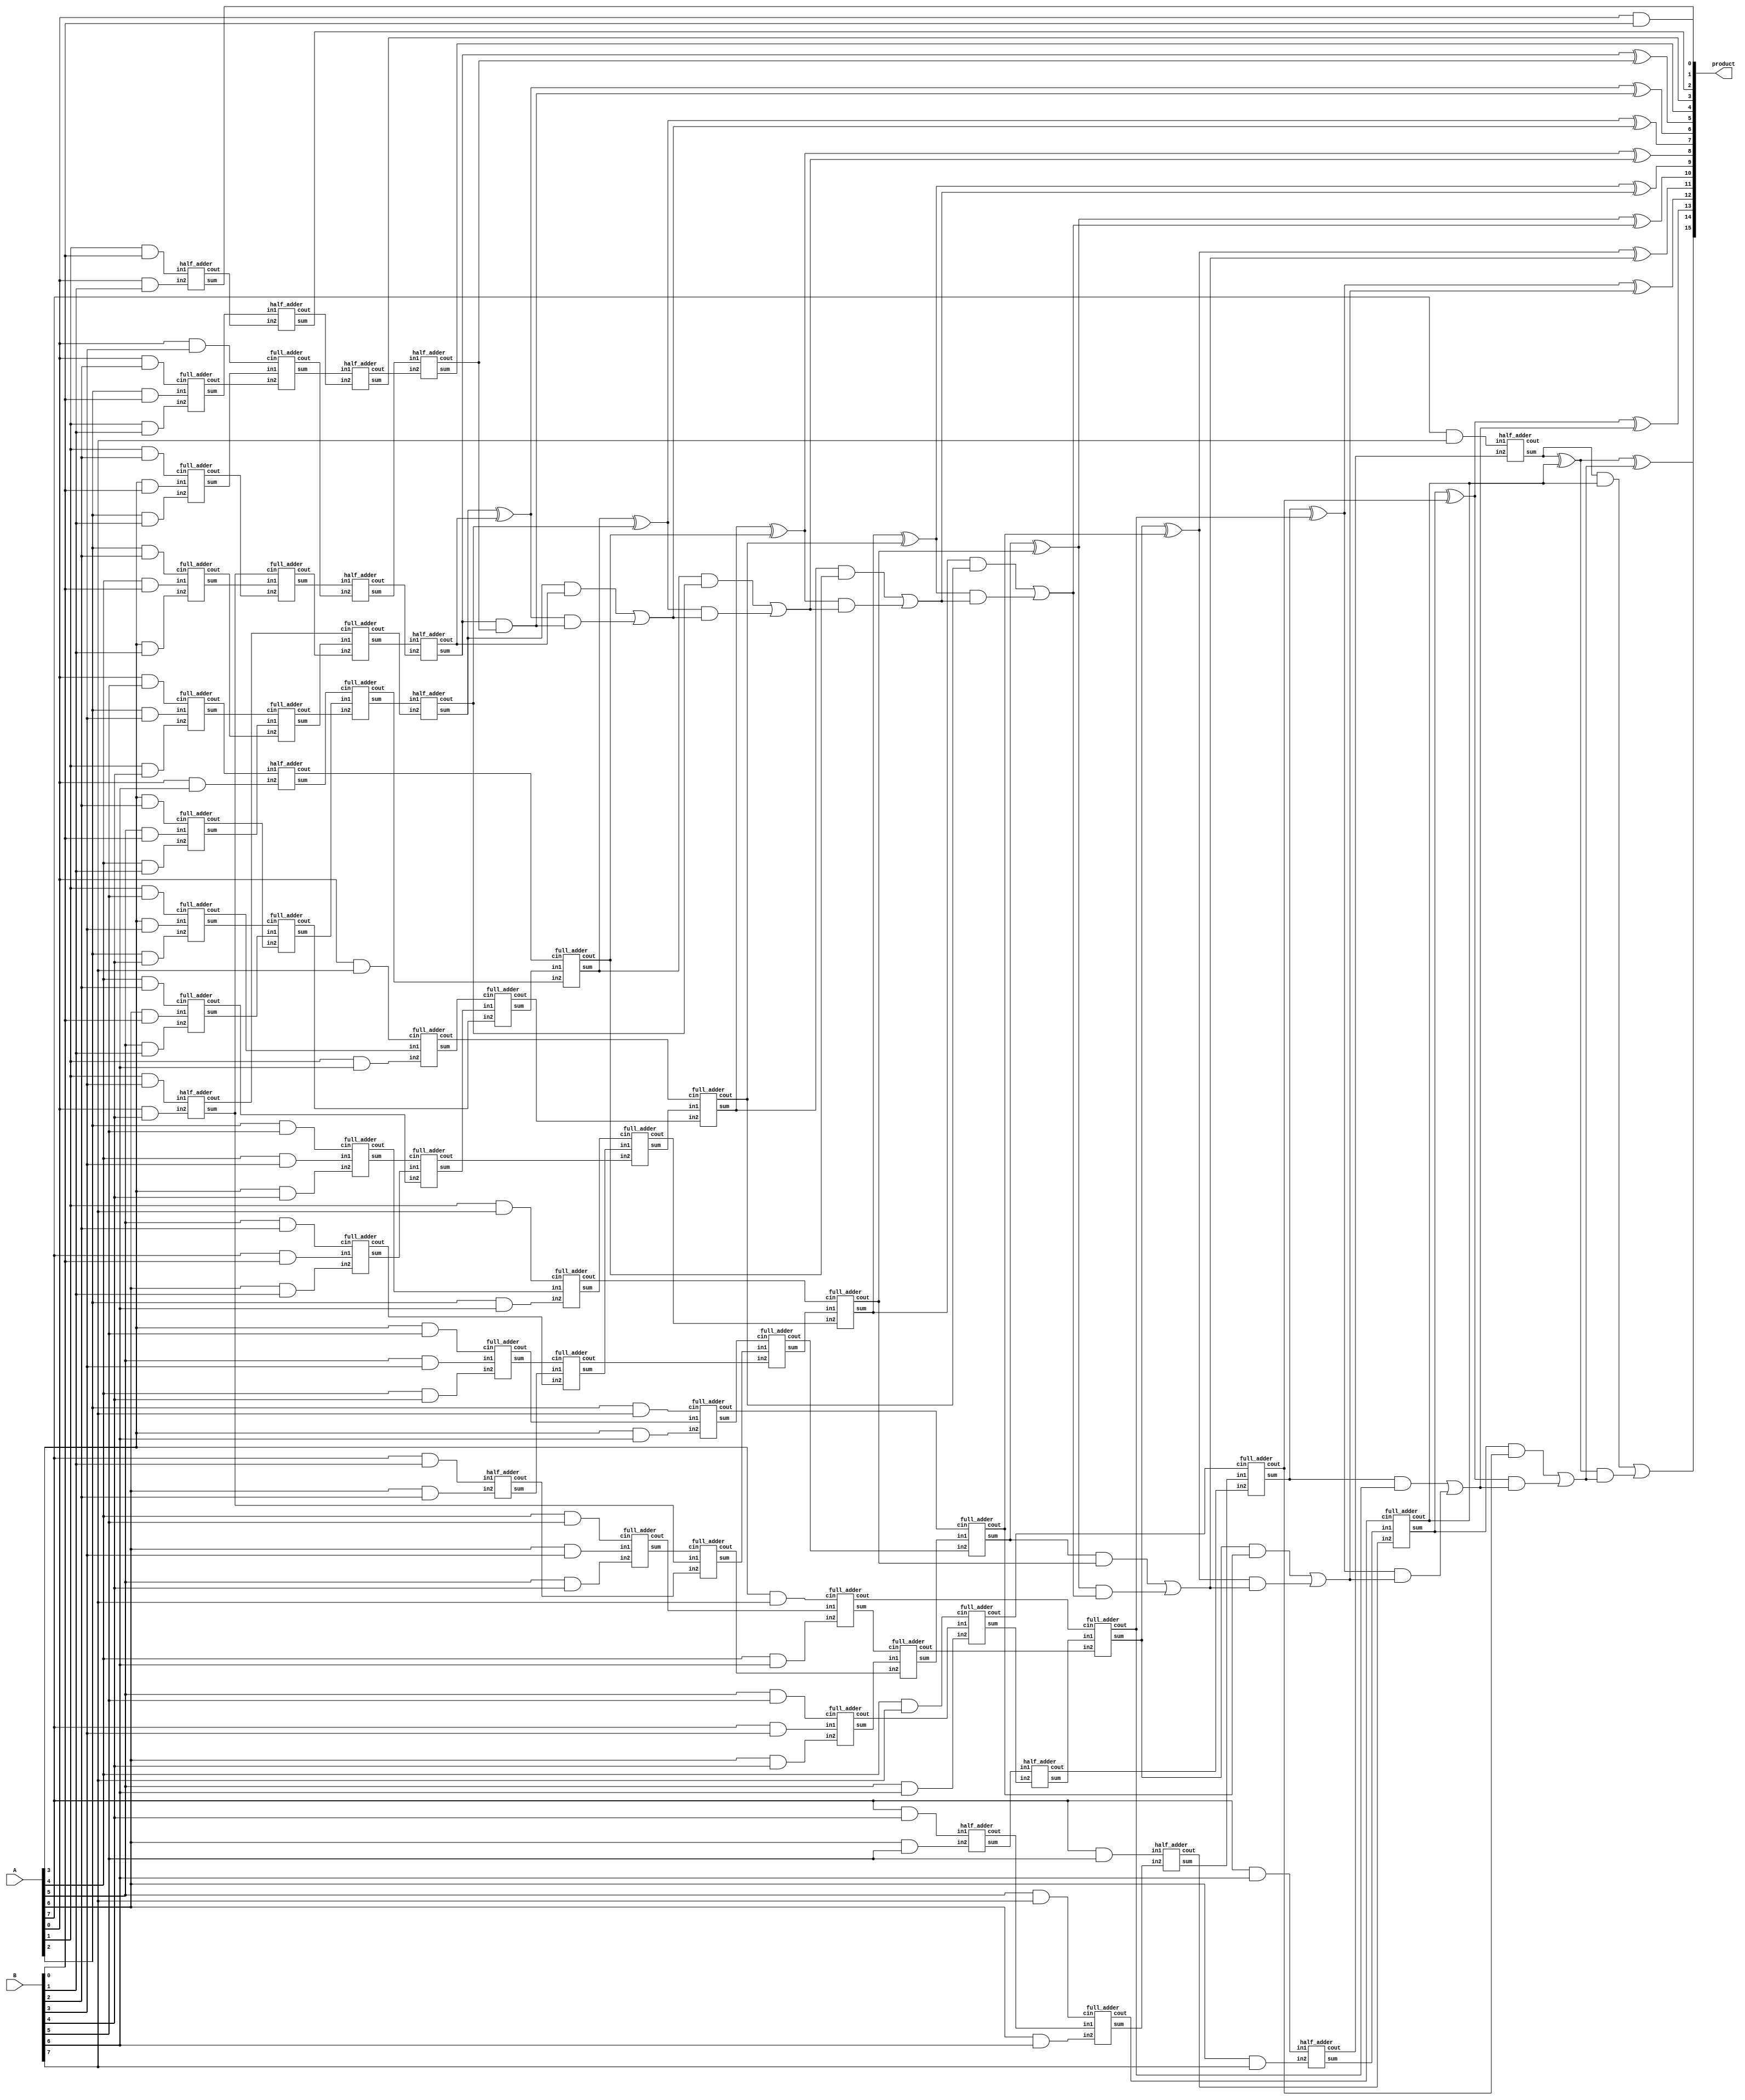
module wallace_unsigned_multiplier_CLA_8(product, A, B);
    input [7:0] A, B;
    output [15:0] product;

    wire [7:0] pp0, pp1, pp2, pp3, pp4, pp5, pp6, pp7;
    
    and AND00(pp0[0], A[0], B[0]);
    and AND01(pp0[1], A[1], B[0]);
    and AND02(pp0[2], A[2], B[0]);
    and AND03(pp0[3], A[3], B[0]);
    and AND04(pp0[4], A[4], B[0]);
    and AND05(pp0[5], A[5], B[0]);
    and AND06(pp0[6], A[6], B[0]);
    and AND07(pp0[7], A[7], B[0]);
    and AND08(pp1[0], A[0], B[1]);
    and AND09(pp1[1], A[1], B[1]);
    and AND10(pp1[2], A[2], B[1]);
    and AND11(pp1[3], A[3], B[1]);
    and AND12(pp1[4], A[4], B[1]);
    and AND13(pp1[5], A[5], B[1]);
    and AND14(pp1[6], A[6], B[1]);
    and AND15(pp1[7], A[7], B[1]);
    and AND16(pp2[0], A[0], B[2]);
    and AND17(pp2[1], A[1], B[2]);
    and AND18(pp2[2], A[2], B[2]);
    and AND19(pp2[3], A[3], B[2]);
    and AND20(pp2[4], A[4], B[2]);
    and AND21(pp2[5], A[5], B[2]);
    and AND22(pp2[6], A[6], B[2]);
    and AND23(pp2[7], A[7], B[2]);
    and AND24(pp3[0], A[0], B[3]);
    and AND25(pp3[1], A[1], B[3]);
    and AND26(pp3[2], A[2], B[3]);
    and AND27(pp3[3], A[3], B[3]);
    and AND28(pp3[4], A[4], B[3]);
    and AND29(pp3[5], A[5], B[3]);
    and AND30(pp3[6], A[6], B[3]);
    and AND31(pp3[7], A[7], B[3]);
    and AND32(pp4[0], A[0], B[4]);
    and AND33(pp4[1], A[1], B[4]);
    and AND34(pp4[2], A[2], B[4]);
    and AND35(pp4[3], A[3], B[4]);
    and AND36(pp4[4], A[4], B[4]);
    and AND37(pp4[5], A[5], B[4]);
    and AND38(pp4[6], A[6], B[4]);
    and AND39(pp4[7], A[7], B[4]);
    and AND40(pp5[0], A[0], B[5]);
    and AND41(pp5[1], A[1], B[5]);
    and AND42(pp5[2], A[2], B[5]);
    and AND43(pp5[3], A[3], B[5]);
    and AND44(pp5[4], A[4], B[5]);
    and AND45(pp5[5], A[5], B[5]);
    and AND46(pp5[6], A[6], B[5]);
    and AND47(pp5[7], A[7], B[5]);
    and AND48(pp6[0], A[0], B[6]);
    and AND49(pp6[1], A[1], B[6]);
    and AND50(pp6[2], A[2], B[6]);
    and AND51(pp6[3], A[3], B[6]);
    and AND52(pp6[4], A[4], B[6]);
    and AND53(pp6[5], A[5], B[6]);
    and AND54(pp6[6], A[6], B[6]);
    and AND55(pp6[7], A[7], B[6]);
    and AND56(pp7[0], A[0], B[7]);
    and AND57(pp7[1], A[1], B[7]);
    and AND58(pp7[2], A[2], B[7]);
    and AND59(pp7[3], A[3], B[7]);
    and AND60(pp7[4], A[4], B[7]);
    and AND61(pp7[5], A[5], B[7]);
    and AND62(pp7[6], A[6], B[7]);
    and AND63(pp7[7], A[7], B[7]);
    
    /* First Stage */
    assign product[0] = pp0[0];
    half_adder ha01(s111, c111, pp0[1], pp1[0]);
    full_adder fa01(s112, c112, pp0[2], pp1[1], pp2[0]);
    full_adder fa02(s113, c113, pp0[3], pp1[2], pp2[1]);
    full_adder fa03(s114, c114, pp0[4], pp1[3], pp2[2]);
    full_adder fa04(s115, c115, pp0[5], pp1[4], pp2[3]);
    full_adder fa05(s116, c116, pp0[6], pp1[5], pp2[4]);
    full_adder fa06(s117, c117, pp0[7], pp1[6], pp2[5]);
    half_adder ha02(s118, c118,         pp1[7], pp2[6]);

    half_adder ha03(s119, c119, pp3[1], pp4[0]);
    full_adder fa07(s120, c120, pp3[2], pp4[1], pp5[0]);
    full_adder fa08(s121, c121, pp3[3], pp4[2], pp5[1]);
    full_adder fa09(s122, c122, pp3[4], pp4[3], pp5[2]);
    full_adder fa10(s123, c123, pp3[5], pp4[4], pp5[3]);
    full_adder fa11(s124, c124, pp3[6], pp4[5], pp5[4]);
    full_adder fa12(s125, c125, pp3[7], pp4[6], pp5[5]);
    half_adder ha04(s126, c126,         pp4[7], pp5[6]);


    /* Second Stage */
    assign product[1] = s111;
    half_adder ha05(s221, c221, s112, c111);
    full_adder fa13(s222, c222, s113, c112, pp3[0]);
    full_adder fa14(s223, c223, s114, c113, s119);
    full_adder fa15(s224, c224, s115, c114, s120);
    full_adder fa16(s225, c225, s116, c115, s121);
    full_adder fa17(s226, c226, s117, c116, s122);
    full_adder fa18(s227, c227, s118, c117, s123);
    full_adder fa19(s228, c228, s119, c118, s124);

    half_adder ha06(s229, c229, c120, pp6[0]);
    full_adder fa20(s230, c230, c121, pp6[1], pp7[0]);
    full_adder fa21(s231, c231, c122, pp6[2], pp7[1]);
    full_adder fa22(s232, c232, c123, pp6[3], pp7[2]);
    full_adder fa23(s233, c233, c124, pp6[4], pp7[3]);
    full_adder fa24(s234, c234, c125, pp6[5], pp7[4]);
    full_adder fa25(s235, c235, c126, pp6[6], pp7[5]);
    half_adder ha07(s236, c236,      pp6[7], pp7[6]);

    /* Third Stage */
    assign product[2] = s221;
    half_adder ha08(s301, c301, s222, c221);
    half_adder ha09(s302, c302, s223, c222);
    full_adder fa26(s303, c303, s224, c223, c119);
    full_adder fa27(s304, c304, s225, c224, s229);
    full_adder fa28(s305, c305, s226, c225, s230);
    full_adder fa29(s306, c306, s227, c226, s231);
    full_adder fa30(s307, c307, s228, c227, s232);
    full_adder fa31(s308, c308, s125, c228, s233);
    half_adder ha10(s309, c309, s126,       s234);
    half_adder ha11(s310, c310, pp5[7],     s235);

    /* Fourth Stage */
    assign product[3] = s301;
    half_adder ha12(product[4], c401, s302, c301);
    half_adder ha13(s402,       c402, s303, c302);
    half_adder ha14(s403,       c403, s304, c303);
    full_adder fa32(s404,       c404, s305, c304, c229);
    full_adder fa33(s405,       c405, s306, c305, c230);
    full_adder fa34(s406,       c406, s307, c306, c231);
    full_adder fa35(s407,       c407, s308, c307, c232);
    full_adder fa36(s408,       c408, s309, c308, c233);
    full_adder fa37(s409,       c409, s310, c309, c234);
    full_adder fa38(s410,       c410, s236, c310, c235);
    half_adder ha15(s411,       c411, pp7[7],     c236);

    /* Final Stage is a Carry Look-Ahead Adder */
    wire [9:0] G; /* Generate */
    wire [9:0] P; /* Propagate */
    wire [9:0] C; /* Carry */

    assign G[0] = s402 & c401;
    assign G[1] = s403 & c402;
    assign G[2] = s404 & c403;
    assign G[3] = s405 & c404;
    assign G[4] = s406 & c405;
    assign G[5] = s407 & c406;
    assign G[6] = s408 & c407;
    assign G[7] = s409 & c408;
    assign G[8] = s410 & c409;
    assign G[9] = s411 & c410;
    assign P[0] = s402 ^ c401;
    assign P[1] = s403 ^ c402;
    assign P[2] = s404 ^ c403;
    assign P[3] = s405 ^ c404;
    assign P[4] = s406 ^ c405;
    assign P[5] = s407 ^ c406;
    assign P[6] = s408 ^ c407;
    assign P[7] = s409 ^ c408;
    assign P[8] = s410 ^ c409;
    assign P[9] = s411 ^ c410;

    //assign C[0] = 0;
    assign C[1]        = G[0];// | (P[0] & C[0]);
    assign C[2]        = G[1] | (P[1] & C[1]);
    assign C[3]        = G[2] | (P[2] & C[2]);
    assign C[4]        = G[3] | (P[3] & C[3]);
    assign C[5]        = G[4] | (P[4] & C[4]);
    assign C[6]        = G[5] | (P[5] & C[5]);
    assign C[7]        = G[6] | (P[6] & C[6]);
    assign C[8]        = G[7] | (P[7] & C[7]);
    assign C[9]        = G[8] | (P[8] & C[8]);
    assign product[15] = G[9] | (P[9] & C[9]);

    assign product[5]  = P[0];
    assign product[6]  = P[1] ^ C[1];
    assign product[7]  = P[2] ^ C[2];
    assign product[8]  = P[3] ^ C[3];
    assign product[9]  = P[4] ^ C[4];
    assign product[10] = P[5] ^ C[5];
    assign product[11] = P[6] ^ C[6];
    assign product[12] = P[7] ^ C[7];
    assign product[13] = P[8] ^ C[8];
    assign product[14] = P[9] ^ C[9];
endmodule


module wallace_unsigned_multiplier_CLA_8_attempt1(product, A, B);
    /* This attempt tries to use long CLA for adding partial products */
    /* Some CLAs are 9 bits long */
    /* Area: 1074.696969
     * Power : 0.49mW
     * Timing: 1.29
     */

    input [7:0] A, B;
    output [15:0] product;

    wire [7:0] pp0, pp1, pp2, pp3, pp4, pp5, pp6, pp7;

    and AND00(pp0[0], A[0], B[0]);
    and AND01(pp0[1], A[1], B[0]);
    and AND02(pp0[2], A[2], B[0]);
    and AND03(pp0[3], A[3], B[0]);
    and AND04(pp0[4], A[4], B[0]);
    and AND05(pp0[5], A[5], B[0]);
    and AND06(pp0[6], A[6], B[0]);
    and AND07(pp0[7], A[7], B[0]);
    and AND08(pp1[0], A[0], B[1]);
    and AND09(pp1[1], A[1], B[1]);
    and AND10(pp1[2], A[2], B[1]);
    and AND11(pp1[3], A[3], B[1]);
    and AND12(pp1[4], A[4], B[1]);
    and AND13(pp1[5], A[5], B[1]);
    and AND14(pp1[6], A[6], B[1]);
    and AND15(pp1[7], A[7], B[1]);
    and AND16(pp2[0], A[0], B[2]);
    and AND17(pp2[1], A[1], B[2]);
    and AND18(pp2[2], A[2], B[2]);
    and AND19(pp2[3], A[3], B[2]);
    and AND20(pp2[4], A[4], B[2]);
    and AND21(pp2[5], A[5], B[2]);
    and AND22(pp2[6], A[6], B[2]);
    and AND23(pp2[7], A[7], B[2]);
    and AND24(pp3[0], A[0], B[3]);
    and AND25(pp3[1], A[1], B[3]);
    and AND26(pp3[2], A[2], B[3]);
    and AND27(pp3[3], A[3], B[3]);
    and AND28(pp3[4], A[4], B[3]);
    and AND29(pp3[5], A[5], B[3]);
    and AND30(pp3[6], A[6], B[3]);
    and AND31(pp3[7], A[7], B[3]);
    and AND32(pp4[0], A[0], B[4]);
    and AND33(pp4[1], A[1], B[4]);
    and AND34(pp4[2], A[2], B[4]);
    and AND35(pp4[3], A[3], B[4]);
    and AND36(pp4[4], A[4], B[4]);
    and AND37(pp4[5], A[5], B[4]);
    and AND38(pp4[6], A[6], B[4]);
    and AND39(pp4[7], A[7], B[4]);
    and AND40(pp5[0], A[0], B[5]);
    and AND41(pp5[1], A[1], B[5]);
    and AND42(pp5[2], A[2], B[5]);
    and AND43(pp5[3], A[3], B[5]);
    and AND44(pp5[4], A[4], B[5]);
    and AND45(pp5[5], A[5], B[5]);
    and AND46(pp5[6], A[6], B[5]);
    and AND47(pp5[7], A[7], B[5]);
    and AND48(pp6[0], A[0], B[6]);
    and AND49(pp6[1], A[1], B[6]);
    and AND50(pp6[2], A[2], B[6]);
    and AND51(pp6[3], A[3], B[6]);
    and AND52(pp6[4], A[4], B[6]);
    and AND53(pp6[5], A[5], B[6]);
    and AND54(pp6[6], A[6], B[6]);
    and AND55(pp6[7], A[7], B[6]);
    and AND56(pp7[0], A[0], B[7]);
    and AND57(pp7[1], A[1], B[7]);
    and AND58(pp7[2], A[2], B[7]);
    and AND59(pp7[3], A[3], B[7]);
    and AND60(pp7[4], A[4], B[7]);
    and AND61(pp7[5], A[5], B[7]);
    and AND62(pp7[6], A[6], B[7]);
    and AND63(pp7[7], A[7], B[7]);

    assign product[0] = pp0[0];

    /* 1st CLA */
    wire [7:0] G1, P1, C1;
    assign G1[0] = pp0[1] & pp1[0];
    assign G1[1] = pp0[2] & pp1[1];
    assign G1[2] = pp0[3] & pp1[2];
    assign G1[3] = pp0[4] & pp1[3];
    assign G1[4] = pp0[5] & pp1[4];
    assign G1[5] = pp0[6] & pp1[5];
    assign G1[6] = pp0[7] & pp1[6];
    assign G1[7] = 0      & pp1[7];
    assign P1[0] = pp0[1] ^ pp1[0];
    assign P1[1] = pp0[2] ^ pp1[1];
    assign P1[2] = pp0[3] ^ pp1[2];
    assign P1[3] = pp0[4] ^ pp1[3];
    assign P1[4] = pp0[5] ^ pp1[4];
    assign P1[5] = pp0[6] ^ pp1[5];
    assign P1[6] = pp0[7] ^ pp1[6];
    assign P1[7] = 0      ^ pp1[7];
    assign C1[0] = 0;
    assign C1[1] = G1[0] | (P1[0] & C1[0]);
    assign C1[2] = G1[1] | (P1[1] & C1[1]);
    assign C1[3] = G1[2] | (P1[2] & C1[2]);
    assign C1[4] = G1[3] | (P1[3] & C1[3]);
    assign C1[5] = G1[4] | (P1[4] & C1[4]);
    assign C1[6] = G1[5] | (P1[5] & C1[5]);
    assign C1[7] = G1[6] | (P1[6] & C1[6]);
    assign c1    = G1[7] | (P1[7] & C1[7]);
    assign s11  = P1[0];
    assign s12  = P1[1] ^ C1[1];
    assign s13  = P1[2] ^ C1[2];
    assign s14  = P1[3] ^ C1[3];
    assign s15  = P1[4] ^ C1[4];
    assign s16  = P1[5] ^ C1[5];
    assign s17  = P1[6] ^ C1[6];
    assign s18  = P1[7] ^ C1[7];

    assign product[1] = s11;


    /* 2nd CLA */
    wire [6:0] G2, P2, C2;
    assign G2[0] = pp2[1] & pp3[0];
    assign G2[1] = pp2[2] & pp3[1];
    assign G2[2] = pp2[3] & pp3[2];
    assign G2[3] = pp2[4] & pp3[3];
    assign G2[4] = pp2[5] & pp3[4];
    assign G2[5] = pp2[6] & pp3[5];
    assign G2[6] = pp2[7] & pp3[6];
    assign P2[0] = pp2[1] ^ pp3[0];
    assign P2[1] = pp2[2] ^ pp3[1];
    assign P2[2] = pp2[3] ^ pp3[2];
    assign P2[3] = pp2[4] ^ pp3[3];
    assign P2[4] = pp2[5] ^ pp3[4];
    assign P2[5] = pp2[6] ^ pp3[5];
    assign P2[6] = pp2[7] ^ pp3[6];
    assign C2[0] = 0;
    assign C2[1] = G2[0] | (P2[0] & C2[0]);
    assign C2[2] = G2[1] | (P2[1] & C2[1]);
    assign C2[3] = G2[2] | (P2[2] & C2[2]);
    assign C2[4] = G2[3] | (P2[3] & C2[3]);
    assign C2[5] = G2[4] | (P2[4] & C2[4]);
    assign C2[6] = G2[5] | (P2[5] & C2[5]);
    assign c2    = G2[6] | (P2[6] & C2[6]);
    assign s21   = P2[0];
    assign s22   = P2[1] ^ C2[1];
    assign s23   = P2[2] ^ C2[2];
    assign s24   = P2[3] ^ C2[3];
    assign s25   = P2[4] ^ C2[4];
    assign s26   = P2[5] ^ C2[5];
    assign s27   = P2[6] ^ C2[6];

    /* 3rd CLA */
    wire [7:0] G3, P3, C3;
    assign G3[0] = pp4[1] & pp5[0];
    assign G3[1] = pp4[2] & pp5[1];
    assign G3[2] = pp4[3] & pp5[2];
    assign G3[3] = pp4[4] & pp5[3];
    assign G3[4] = pp4[5] & pp5[4];
    assign G3[5] = pp4[6] & pp5[5];
    assign G3[6] = pp4[7] & pp5[6];
    assign G3[7] = 0      & pp5[7];
    assign P3[0] = pp4[1] ^ pp5[0];
    assign P3[1] = pp4[2] ^ pp5[1];
    assign P3[2] = pp4[3] ^ pp5[2];
    assign P3[3] = pp4[4] ^ pp5[3];
    assign P3[4] = pp4[5] ^ pp5[4];
    assign P3[5] = pp4[6] ^ pp5[5];
    assign P3[6] = pp4[7] ^ pp5[6];
    assign P3[7] = 0      ^ pp5[7];
    assign C3[0] = 0;
    assign C3[1] = G3[0] | (P3[0] & C3[0]);
    assign C3[2] = G3[1] | (P3[1] & C3[1]);
    assign C3[3] = G3[2] | (P3[2] & C3[2]);
    assign C3[4] = G3[3] | (P3[3] & C3[3]);
    assign C3[5] = G3[4] | (P3[4] & C3[4]);
    assign C3[6] = G3[5] | (P3[5] & C3[5]);
    assign C3[7] = G3[6] | (P3[6] & C3[6]);
    assign c3    = G3[7] | (P3[7] & C3[7]);
    assign s31   = P3[0];
    assign s32   = P3[1] ^ C3[1];
    assign s33   = P3[2] ^ C3[2];
    assign s34   = P3[3] ^ C3[3];
    assign s35   = P3[4] ^ C3[4];
    assign s36   = P3[5] ^ C3[5];
    assign s37   = P3[6] ^ C3[6];
    assign s38   = P3[7] ^ C3[7];

    /* 4nd CLA */
    wire [6:0] G4, P4, C4;
    assign G4[0] = pp6[1] & pp7[0];
    assign G4[1] = pp6[2] & pp7[1];
    assign G4[2] = pp6[3] & pp7[2];
    assign G4[3] = pp6[4] & pp7[3];
    assign G4[4] = pp6[5] & pp7[4];
    assign G4[5] = pp6[6] & pp7[5];
    assign G4[6] = pp6[7] & pp7[6];
    assign P4[0] = pp6[1] ^ pp7[0];
    assign P4[1] = pp6[2] ^ pp7[1];
    assign P4[2] = pp6[3] ^ pp7[2];
    assign P4[3] = pp6[4] ^ pp7[3];
    assign P4[4] = pp6[5] ^ pp7[4];
    assign P4[5] = pp6[6] ^ pp7[5];
    assign P4[6] = pp6[7] ^ pp7[6];
    assign C4[0] = 0;
    assign C4[1] = G4[0] | (P4[0] & C4[0]);
    assign C4[2] = G4[1] | (P4[1] & C4[1]);
    assign C4[3] = G4[2] | (P4[2] & C4[2]);
    assign C4[4] = G4[3] | (P4[3] & C4[3]);
    assign C4[5] = G4[4] | (P4[4] & C4[4]);
    assign C4[6] = G4[5] | (P4[5] & C4[5]);
    assign c4    = G4[6] | (P4[6] & C4[6]);
    assign s41   = P4[0];
    assign s42   = P4[1] ^ C4[1];
    assign s43   = P4[2] ^ C4[2];
    assign s44   = P4[3] ^ C4[3];
    assign s45   = P4[4] ^ C4[4];
    assign s46   = P4[5] ^ C4[5];
    assign s47   = P4[6] ^ C4[6];

    /* 5th CLA */
    wire [8:0] G5, P5, C5;
    assign G5[0] = s12 & pp2[0];
    assign G5[1] = s13 & s21;
    assign G5[2] = s14 & s22;
    assign G5[3] = s15 & s23;
    assign G5[4] = s16 & s24;
    assign G5[5] = s17 & s25;
    assign G5[6] = s18 & s26;
    assign G5[7] = c1  & s27;
    assign G5[8] = c2  & pp3[7];
    assign P5[0] = s12 ^ pp2[0];
    assign P5[1] = s13 ^ s21;
    assign P5[2] = s14 ^ s22;
    assign P5[3] = s15 ^ s23;
    assign P5[4] = s16 ^ s24;
    assign P5[5] = s17 ^ s25;
    assign P5[6] = s18 ^ s26;
    assign P5[7] = c1  ^ s27;
    assign P5[8] = c2  ^ pp3[7];
    assign C5[0] = 0;
    assign C5[1] = G5[0] | (P5[0] & C5[0]);
    assign C5[2] = G5[1] | (P5[1] & C5[1]);
    assign C5[3] = G5[2] | (P5[2] & C5[2]);
    assign C5[4] = G5[3] | (P5[3] & C5[3]);
    assign C5[5] = G5[4] | (P5[4] & C5[4]);
    assign C5[6] = G5[5] | (P5[5] & C5[5]);
    assign C5[7] = G5[6] | (P5[6] & C5[6]);
    assign C5[8] = G5[7] | (P5[7] & C5[7]);
    assign c5    = G5[8] | (P5[8] & C5[8]);
    assign s51   = P5[0];
    assign s52   = P5[1] ^ C5[1];
    assign s53   = P5[2] ^ C5[2];
    assign s54   = P5[3] ^ C5[3];
    assign s55   = P5[4] ^ C5[4];
    assign s56   = P5[5] ^ C5[5];
    assign s57   = P5[6] ^ C5[6];
    assign s58   = P5[7] ^ C5[7];
    assign s59   = P5[8] ^ C5[8];

    assign product[2] = s51;
    assign product[3] = s52;

    /* 6th CLA */
    wire [8:0] G6, P6, C6;
    assign G6[0] = s32 & pp6[0];
    assign G6[1] = s33 & s41;
    assign G6[2] = s34 & s42;
    assign G6[3] = s35 & s43;
    assign G6[4] = s36 & s44;
    assign G6[5] = s37 & s45;
    assign G6[6] = s38 & s46;
    assign G6[7] = c3  & s47;
    assign G6[8] = c4  & pp7[7];
    assign P6[0] = s32 ^ pp6[0];
    assign P6[1] = s33 ^ s41;
    assign P6[2] = s34 ^ s42;
    assign P6[3] = s35 ^ s43;
    assign P6[4] = s36 ^ s44;
    assign P6[5] = s37 ^ s45;
    assign P6[6] = s38 ^ s46;
    assign P6[7] = c3  ^ s47;
    assign P6[8] = c4  ^ pp7[7];
    assign C6[0] = 0;
    assign C6[1] = G6[0] | (P6[0] & C6[0]);
    assign C6[2] = G6[1] | (P6[1] & C6[1]);
    assign C6[3] = G6[2] | (P6[2] & C6[2]);
    assign C6[4] = G6[3] | (P6[3] & C6[3]);
    assign C6[5] = G6[4] | (P6[4] & C6[4]);
    assign C6[6] = G6[5] | (P6[5] & C6[5]);
    assign C6[7] = G6[6] | (P6[6] & C6[6]);
    assign C6[8] = G6[7] | (P6[7] & C6[7]);
    assign c6    = G6[8] | (P6[8] & C6[8]);
    assign s61   = P6[0];
    assign s62   = P6[1] ^ C6[1];
    assign s63   = P6[2] ^ C6[2];
    assign s64   = P6[3] ^ C6[3];
    assign s65   = P6[4] ^ C6[4];
    assign s66   = P6[5] ^ C6[5];
    assign s67   = P6[6] ^ C6[6];
    assign s68   = P6[7] ^ C6[7];
    assign s69   = P6[8] ^ C6[8];

    /* 7th CLA */
    wire [7:0] G7, P7, C7;
    assign G7[0] = s53 & pp4[0];
    assign G7[1] = s54 & s31;
    assign G7[2] = s55 & s61;
    assign G7[3] = s56 & s62;
    assign G7[4] = s57 & s63;
    assign G7[5] = s58 & s64;
    assign G7[6] = s59 & s65;
    assign G7[7] = c5  & s66;
    assign P7[0] = s53 ^ pp4[0];
    assign P7[1] = s54 ^ s31;
    assign P7[2] = s55 ^ s61;
    assign P7[3] = s56 ^ s62;
    assign P7[4] = s57 ^ s63;
    assign P7[5] = s58 ^ s64;
    assign P7[6] = s59 ^ s65;
    assign P7[7] = c5  ^ s66;
    assign C7[0] = 0;
    assign C7[1] = G7[0] | (P7[0] & C7[0]);
    assign C7[2] = G7[1] | (P7[1] & C7[1]);
    assign C7[3] = G7[2] | (P7[2] & C7[2]);
    assign C7[4] = G7[3] | (P7[3] & C7[3]);
    assign C7[5] = G7[4] | (P7[4] & C7[4]);
    assign C7[6] = G7[5] | (P7[5] & C7[5]);
    assign C7[7] = G7[6] | (P7[6] & C7[6]);
    assign c7    = G7[7] | (P7[7] & C7[7]);
    assign product[4]  = P7[0];
    assign product[5]  = P7[1] ^ C7[1];
    assign product[6]  = P7[2] ^ C7[2];
    assign product[7]  = P7[3] ^ C7[3];
    assign product[8]  = P7[4] ^ C7[4];
    assign product[9]  = P7[5] ^ C7[5];
    assign product[10] = P7[6] ^ C7[6];
    assign product[11] = P7[7] ^ C7[7];

    half_adder HA1(product[12], c8,  s67, c7);
    half_adder HA2(product[13], c9,  s68, c8);
    half_adder HA3(product[14], c10, s69, c9);
    half_adder HA4(product[15], c11, c6,  c10);

endmodule

module half_adder(output wire sum,
                  output wire cout,
                  input wire in1,
                  input wire in2);
    xor(sum, in1, in2);
    and(cout, in1, in2);
endmodule

module full_adder(output wire sum,
                  output wire cout,
                  input wire in1,
                  input wire in2,
                  input wire cin);
    wire temp1;
    wire temp2;
    wire temp3;
    xor(sum, in1, in2, cin);
    and(temp1,in1,in2);
    and(temp2,in1,cin);
    and(temp3,in2,cin);
    or(cout,temp1,temp2,temp3);
endmodule